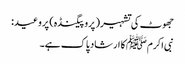
جھوٹ کی تشہیر( پروپیگنڈہ) پر وعید:
نبی اکرمﷺ کا ارشاد پاک ہے۔